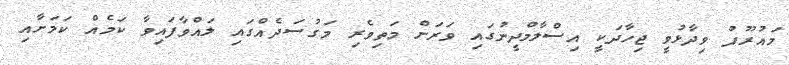
މައުރޫފު ވިދާޅުވީ ޖިހާދަކީ އިސްލާމްދީނުގައި ވަރަށް މަތިވެރި މަގުސަދެއްގައި ލައްވާފައިވާ ކަމެއް ކަމަށާއި